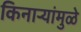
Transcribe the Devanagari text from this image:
किनाऱ्यांमुळे